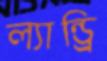
ল্যান্ড্রি